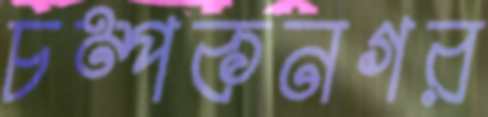
চম্পকনগর